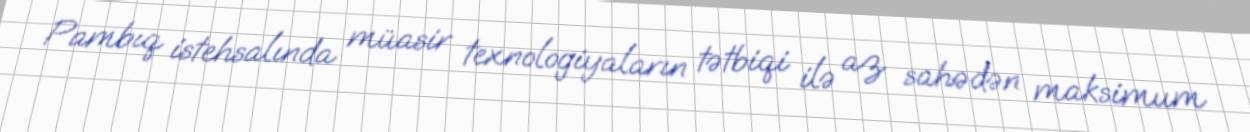
Pambıq istehsalında müasir texnologiyaların tətbiqi ilə az sahədən maksimum